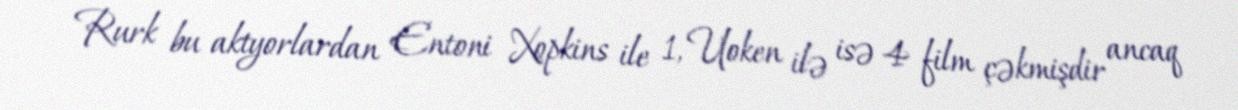
Rurk bu aktyorlardan Entoni Xopkins ile 1, Uoken ilə isə 4 film çəkmişdir ancaq